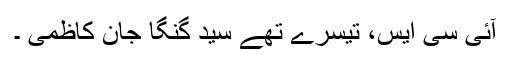
آئی سی ایس، تیسرے تھے سیّد گنگا جان کاظمی ۔